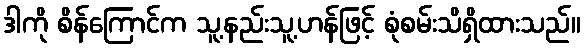
ဒါကို စိန်ကြောင်က သူ့နည်းသူ့ဟန်ဖြင့် စုံစမ်းသိရှိထားသည်။